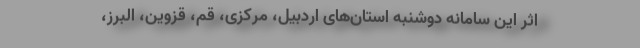
اثر این سامانه دوشنبه استان‌های اردبیل، مرکزی، قم، قزوین، البرز،